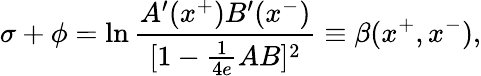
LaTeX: \sigma+\phi=\ln{\frac{A^{\prime}(x^{+})B^{\prime}(x^{-})}{[1-{\frac{1}{4e}}AB]^{2}}}\equiv\beta(x^{+},x^{-}),